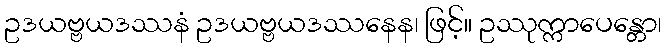
ဥဒယဗ္ဗယဒဿနံ ဥဒယဗ္ဗယဒဿနေန၊ ဖြင့်။ ဥဿုက္ကာပေန္တော၊